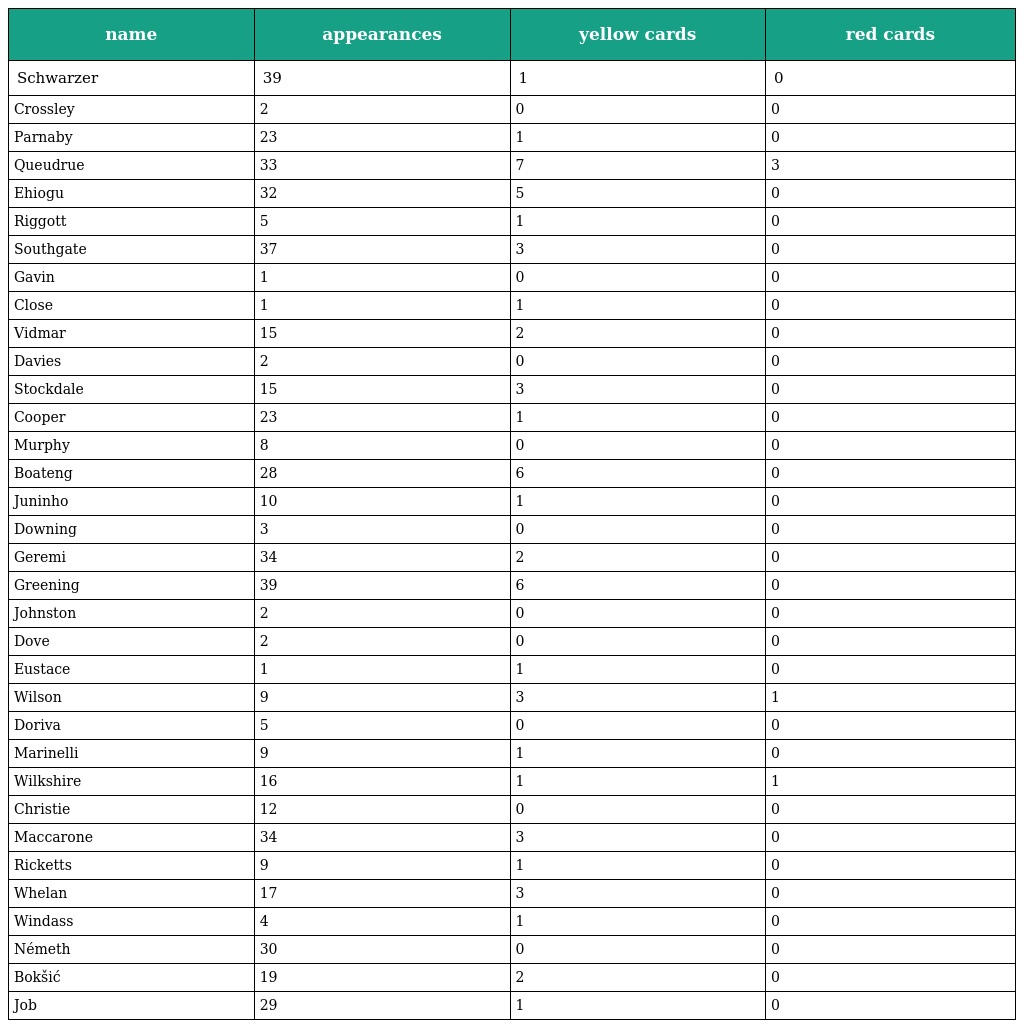
| name | appearances | yellow cards | red cards |
 | --- | --- | --- | --- |
 | Schwarzer | 39 | 1 | 0 |
 | Crossley | 2 | 0 | 0 |
 | Parnaby | 23 | 1 | 0 |
 | Queudrue | 33 | 7 | 3 |
 | Ehiogu | 32 | 5 | 0 |
 | Riggott | 5 | 1 | 0 |
 | Southgate | 37 | 3 | 0 |
 | Gavin | 1 | 0 | 0 |
 | Close | 1 | 1 | 0 |
 | Vidmar | 15 | 2 | 0 |
 | Davies | 2 | 0 | 0 |
 | Stockdale | 15 | 3 | 0 |
 | Cooper | 23 | 1 | 0 |
 | Murphy | 8 | 0 | 0 |
 | Boateng | 28 | 6 | 0 |
 | Juninho | 10 | 1 | 0 |
 | Downing | 3 | 0 | 0 |
 | Geremi | 34 | 2 | 0 |
 | Greening | 39 | 6 | 0 |
 | Johnston | 2 | 0 | 0 |
 | Dove | 2 | 0 | 0 |
 | Eustace | 1 | 1 | 0 |
 | Wilson | 9 | 3 | 1 |
 | Doriva | 5 | 0 | 0 |
 | Marinelli | 9 | 1 | 0 |
 | Wilkshire | 16 | 1 | 1 |
 | Christie | 12 | 0 | 0 |
 | Maccarone | 34 | 3 | 0 |
 | Ricketts | 9 | 1 | 0 |
 | Whelan | 17 | 3 | 0 |
 | Windass | 4 | 1 | 0 |
 | Németh | 30 | 0 | 0 |
 | Bokšić | 19 | 2 | 0 |
 | Job | 29 | 1 | 0 |